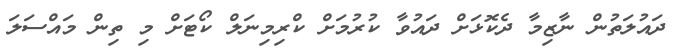
ދައުލަތުން ނާޒިމާ ދެކޮޅަށް ދައުވާ ކުރުމަށް ކްރިމިނަލް ކޯޓަށް މި ތިން މައްސަލަ